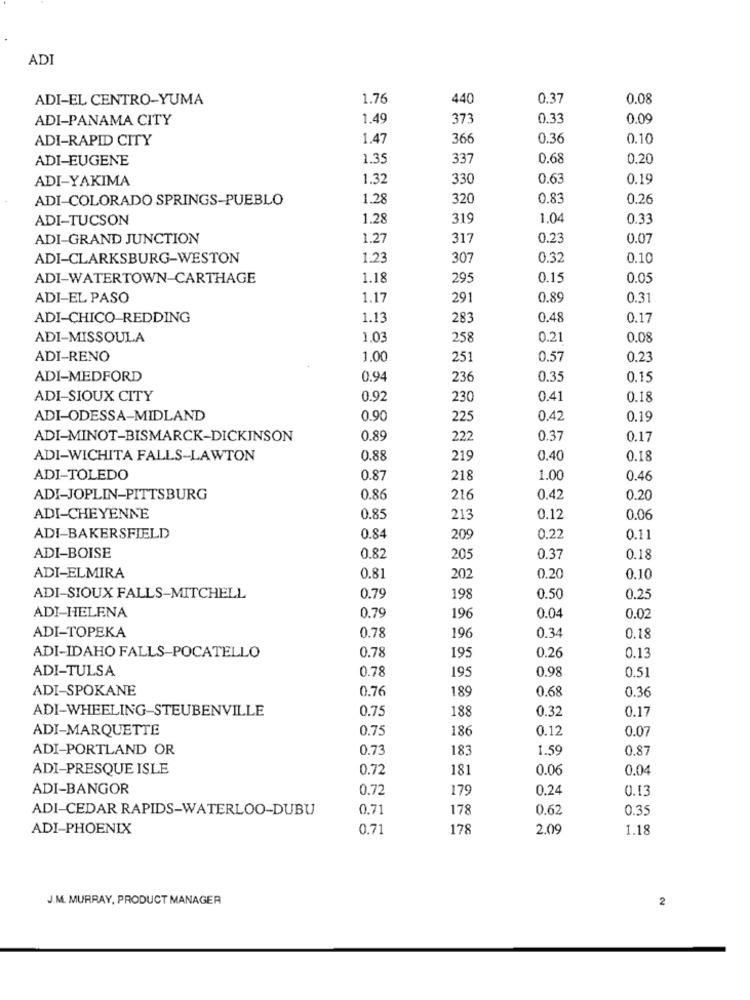
ADI
ADI-EL CENTRO-YUMA
1.76
440
0.37
0.08
ADI-PANAMA CITY
1.49
373
0.33
0.09
ADI-RAPID CITY
1.47
366
0.36
0.10
ADI-EUGENE
1.35
337
0.68
0.20
ADI-YAKIMA
1.32
330
0.63
0.19
ADI-COLORADO SPRINGS-PUEBLO
1.28
320
0.83
0.26
ADI-TUCSON
1.28
319
1.04
0.33
ADI-GRAND JUNCTION
1.27
317
0.23
0.07
ADI-CLARKSBURG-WESTON
1.23
307
0.32
0.10
ADI-WATERTOWN-CARTHAGE
1.18
295
0.15
0.05
ADI-EL PASO
1.17
291
0.89
0.3
ADI-CHICO REDDING
1.13
283
0.48
0.17
ADI-MISSOULA
1.03
258
0.21
0.08
ADI-RENO
1.00
251
0.57
0.23
ADI-MEDFORD
0.94
23
0.35
0.15
ADI-SIOUX CITY
0.97
230
0.41
0.18
ADI-ODESSA-MIDLAND
0.90
225
0.42
0.19
ADI-MINOT-BISMARCK-DICKINSON
0.89
22
0.37
0.17
ADI-WICHITA FALLS-LAWTON
0.88
219
0.40
0.18
ADI-TOLEDO
0.87
218
1.00
0.46
ADI-JOPLIN-PITTSBURG
0.86
216
0.42
0.20
ADI-CHEYENNE
0.85
213
0.12
0.06
ADI-BAKERSFIELD
0.84
209
0.22
0.11
ADI-BOISE
0.8
205
0.37
0.18
ADI-ELMIRA
0.81
202
0.20
0.10
ADI-SIOUX FALLS-MITCHELL
0.79
198
0.50
0.25
ADI-HELENA
0.79
196
0.04
0.02
0.78
0.34
ADI-TOPEKA
196
0.18
0.78
195
0.26
0.13
ADI-IDAHO FALLS-POCATELLO
ADI-TULSA
0.78
195
0,98
0.51
ADI-SPOKANE
0.76
189
0.68
0.36
ADI-WHEELING-STEUBENVILLE
0.75
188
0.3ª
0.17
ADI-MARQUETTE
0.75
186
0.12
0.07
ADI-PORTLAND OR
0.73
183
1.59
0.87
ADI-PRESQUE ISLE
0.72
181
0.06
0.04
ADI-BANGOR
0.72
179
0.24
0.13
ADI-CEDAR RAPIDS-WATERLOO-DUBU
0.71
178
0.62
0.35
ADI-PHOENIX
0.71
178
2.09
1.18
J.M. MURRAY, PRODUCT MANAGER
2